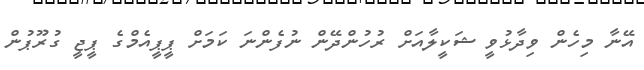
އޭނާ މިހެން ވިދާޅުވީ ޝަކީލާއަށް ރުހުންދޭން ނުފެންނަ ކަމަށް ޕީޕީއެމްގެ ޕީޖީ ގުރޫޕުން